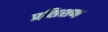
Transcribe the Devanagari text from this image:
प्रशि़शण